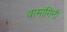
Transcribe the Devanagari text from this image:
वामांगिनी